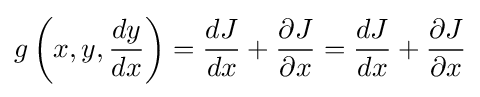
g\left(x,y,{dy \over dx}\right)={dJ \over dx}+{\partial J \over \partial x}={dJ \over dx}+{\partial J \over \partial x}